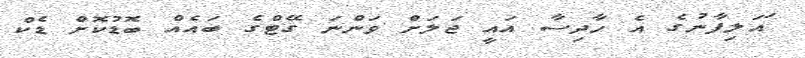
ައަލިފާނުގެ އެ ހާދިސާ އައީ ޖަލަށް ވަންނަ ގޭޓްގެ ބައެއް ބޮޑުކޮށް ޑެކް